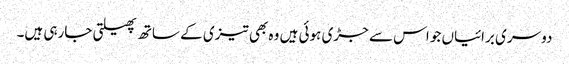
دوسری برائیاں جو اس سے جڑی ہوئی ہیں وہ بھی تیزی کے ساتھ پھیلتی جارہی ہیں۔